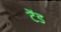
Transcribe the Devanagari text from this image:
टेंड